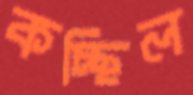
কচ্ছিল